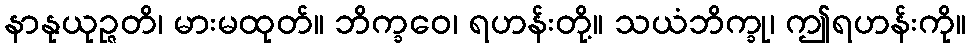
နာနုယုဉ္ဇတိ၊ မားမထုတ်။ ဘိက္ခဝေ၊ ရဟန်းတို့။ သယံဘိက္ခု၊ ဤရဟန်းကို။